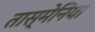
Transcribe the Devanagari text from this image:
तास्मेनिया